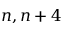
n , n + 4